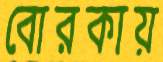
বোরকায়